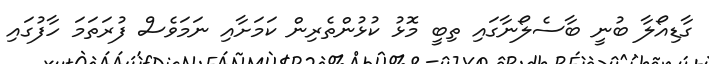
ގާޑިއޯލާ ބުނީ ބާސެލޯނާގައި ތިބީ މޮޅު ކުޅުންތެރިން ކަމަށާއި ނަމަވެސް ފުރަތަމަ ހާފުގައި